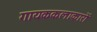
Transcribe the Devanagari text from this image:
गायककलाकारों